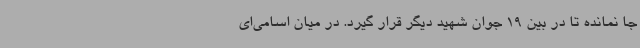
جا نمانده تا در بین 19 جوان شهید دیگر قرار گیرد. در میان اسامی‌ای